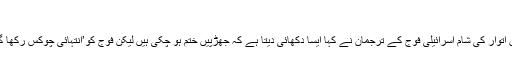
‘
بعد میں اتوار کی شام اسرائیلی فوج کے ترجمان نے کہا ایسا دکھائی دیتا ہے کہ جھڑپیں ختم ہو چکی ہیں لیکن فوج کو’انتہائی چوکس رکھا گیا ہے۔